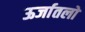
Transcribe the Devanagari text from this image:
ऊर्जातलों